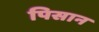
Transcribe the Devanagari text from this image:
पिसान